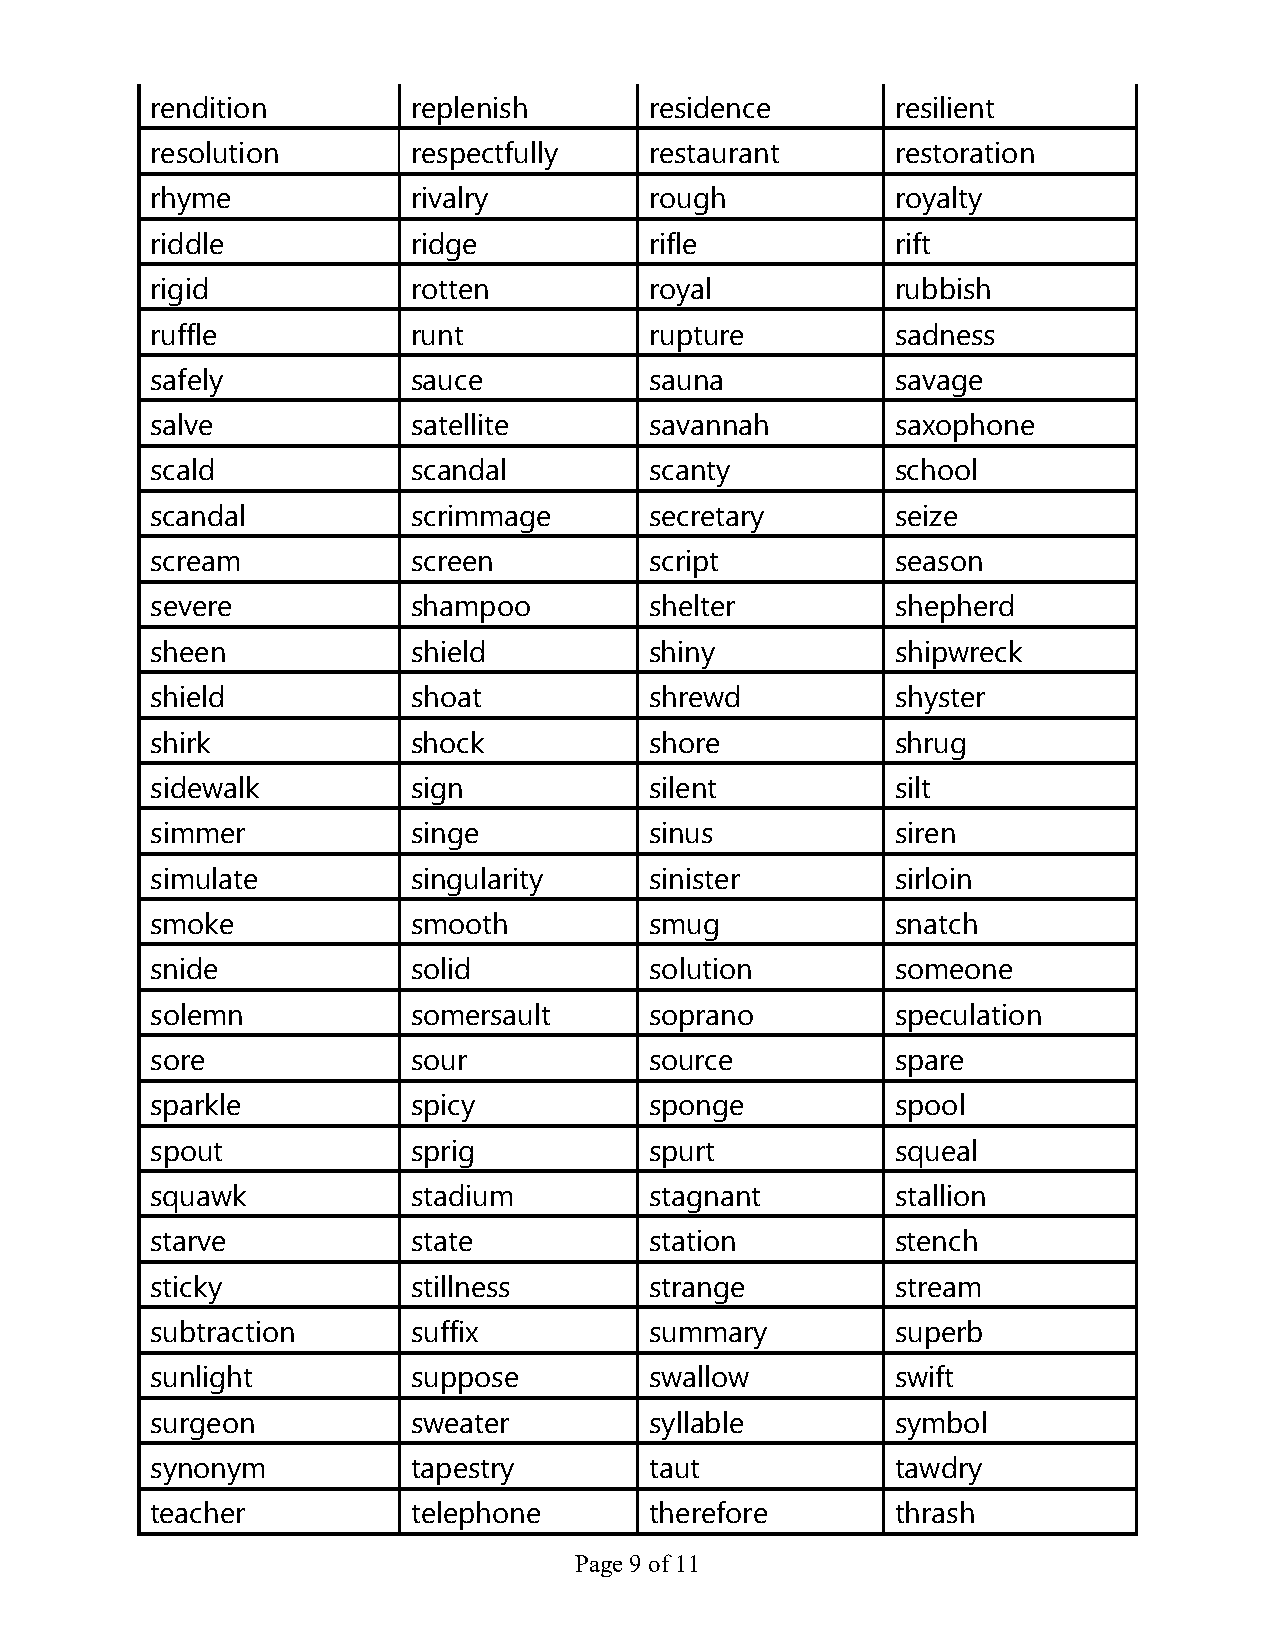
rendition        replenish       residence       resilient
 resolution       respectfully    restaurant      restoration
 rhyme            rivalry         rough           royalty
 riddle           ridge           rifle           rift
 rigid            rotten          royal           rubbish
 ruffle           runt            rupture         sadness
 safely           sauce           sauna           savage
 salve            satellite       savannah        saxophone
 scald            scandal         scanty          school
 scandal          scrimmage       secretary       seize
 scream           screen          script          season
 severe           shampoo         shelter         shepherd
 sheen            shield          shiny           shipwreck
 shield           shoat           shrewd          shyster
 shirk            shock           shore           shrug
 sidewalk         sign            silent          silt
 simmer           singe           sinus           siren
 simulate         singularity     sinister        sirloin
 smoke            smooth          smug            snatch
 snide            solid           solution        someone
 solemn           somersault      soprano         speculation
 sore             sour            source          spare
 sparkle          spicy           sponge          spool
 spout            sprig           spurt           squeal
 squawk           stadium         stagnant        stallion
 starve           state           station         stench
 sticky           stillness       strange         stream
 subtraction      suffix          summary         superb
 sunlight         suppose         swallow         swift
 surgeon          sweater         syllable        symbol
 synonym          tapestry        taut            tawdry
 teacher          telephone       therefore       thrash
 Page 9 of 11